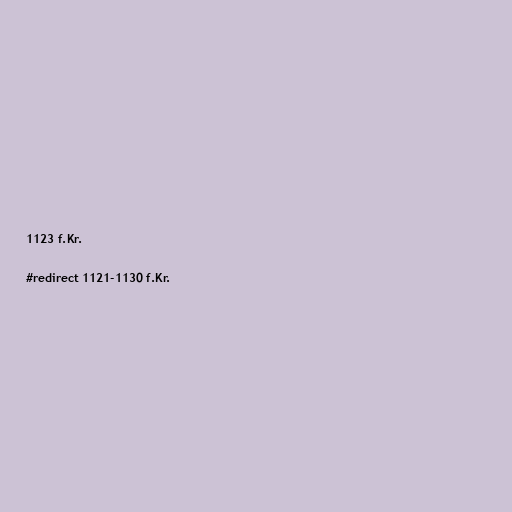
1123 f.Kr.

#redirect 1121-1130 f.Kr.